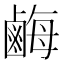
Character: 𪉥